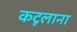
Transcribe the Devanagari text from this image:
कटूलाना